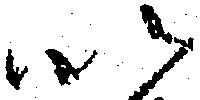
以